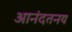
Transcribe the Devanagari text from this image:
आनंदतनय